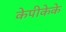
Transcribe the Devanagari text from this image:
केपीकेके